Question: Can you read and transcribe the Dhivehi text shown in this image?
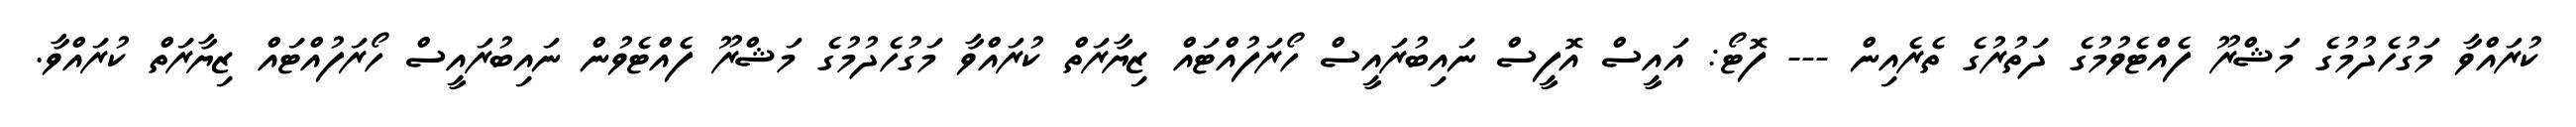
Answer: ކުރައްވާ މަގުހެދުމުގެ މަޝްރޫ ފެއްޓެވުމުގެ ދަތުރުގެ ތެރެއިން --- ފޮޓޯ: އައީސް އޮފީސް ނައިބުރައީސް ހޯރަފުއްޓައް ޒިޔާރަތް ކުރައްވާ މަގުހެދުމުގެ މަޝްރޫ ފެއްޓެވުން ނައިބުރައީސް ހޯރަފުއްޓައް ޒިޔާރަތް ކުރައްވާ.